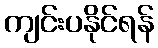
ကျင်းပနိုင်ရန်